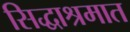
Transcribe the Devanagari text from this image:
सिद्धाश्रमात